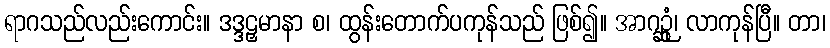
ရာဂသည်လည်းကောင်း။ ဒဒ္ဒဠှမာနာ စ၊ ထွန်းတောက်ပကုန်သည် ဖြစ်၍။ အာဂဉ္ဆုံ၊ လာကုန်ပြီ။ တာ၊